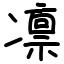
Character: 凛